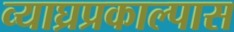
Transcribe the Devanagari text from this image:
व्याघ्रप्रकाल्पास